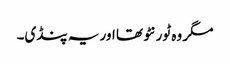
مگر وہ ٹورنٹو تھا اور یہ پنڈی۔